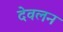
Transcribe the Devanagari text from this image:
देवलन